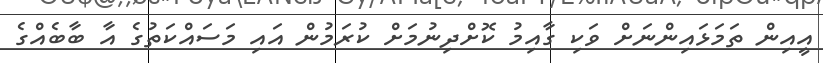
އީއިން ތަމަޅައިންނަށް ވަކި ގާއިމު ކޮށްދިނުމަށް ކުރަމުން އައި މަސައްކަތުގެ އާ ބާބެއްގެ